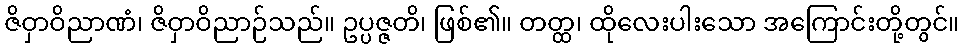
ဇိဝှာဝိညာဏံ၊ ဇိဝှာဝိညာဉ်သည်။ ဥပ္ပဇ္ဇတိ၊ ဖြစ်၏။ တတ္ထ၊ ထိုလေးပါးသော အကြောင်းတို့တွင်။